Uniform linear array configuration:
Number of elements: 4
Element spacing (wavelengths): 0.5
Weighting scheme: uniform
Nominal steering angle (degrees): -30
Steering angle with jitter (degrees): -30.346
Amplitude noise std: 0.05
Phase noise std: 0.05

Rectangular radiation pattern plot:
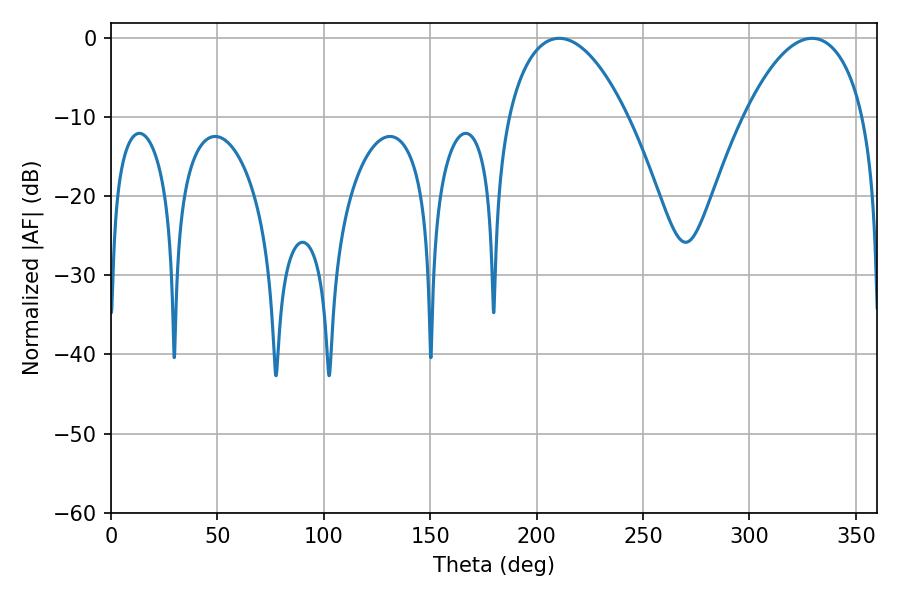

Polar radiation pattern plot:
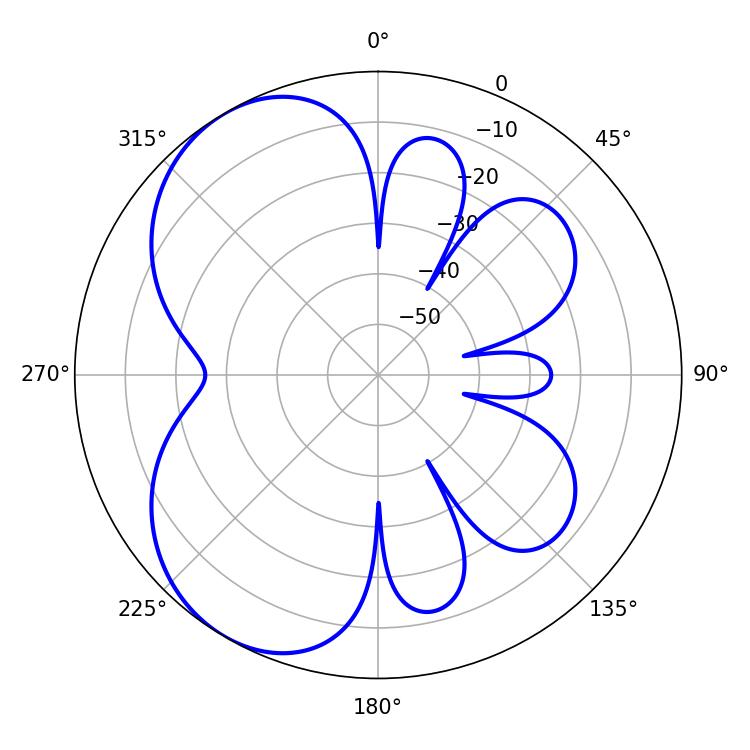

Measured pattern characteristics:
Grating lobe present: FALSE
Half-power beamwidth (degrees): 31.5
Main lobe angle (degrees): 210.6